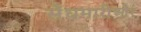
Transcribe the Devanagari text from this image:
सेंधमारीऔर